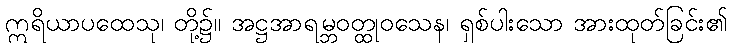
ဣရိယာပထေသု၊ တို့၌။ အဋ္ဌအာရမ္ဘဝတ္ထုဝသေန၊ ရှစ်ပါးသော အားထုတ်ခြင်း၏